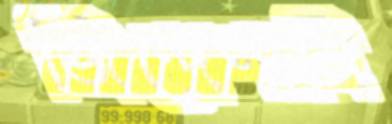
জিন্দেগানি